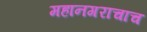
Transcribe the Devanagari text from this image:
महानगराचाच